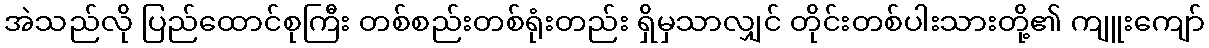
အဲသည်လို ပြည်ထောင်စုကြီး တစ်စည်းတစ်ရုံးတည်း ရှိမှသာလျှင် တိုင်းတစ်ပါးသားတို့၏ ကျူးကျော်